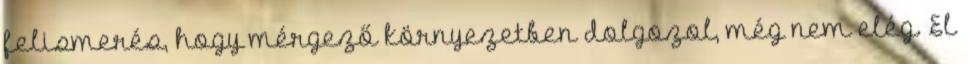
felismerés, hogy mérgező környezetben dolgozol, még nem elég. El